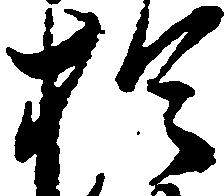
於